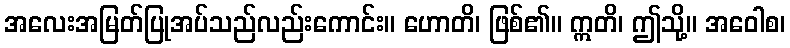
အလေးအမြတ်ပြုအပ်သည်လည်းကောင်း။ ဟောတိ၊ ဖြစ်၏။ ဣတိ၊ ဤသို့။ အဝေါစ၊